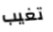
تغيب